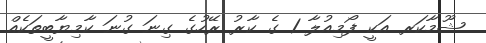
ޝޫމާކަރ އަކީ ފޯމިއުލާ 1 ގެ ކާރު ރޭހުގެ ގިނަ ގުނަ ކާމިޔާބީތަކެއް